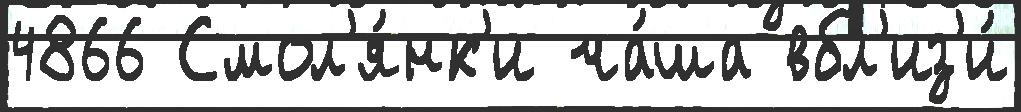
4866 Смол'я́нк'и ча́ша вбл'из'и́